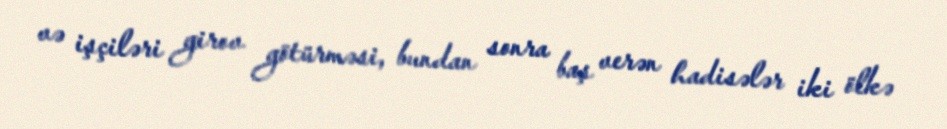
və işçiləri girov götürməsi, bundan sonra baş verən hadisələr iki ölkə